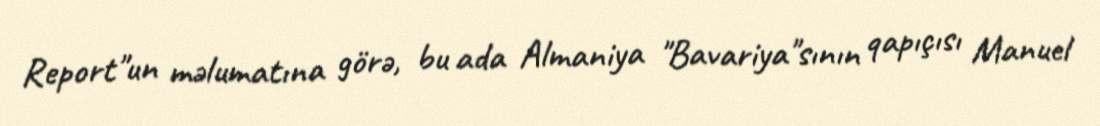
Report"un məlumatına görə, bu ada Almaniya "Bavariya"sının qapıçısı Manuel